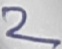
Text: 2